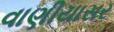
વાણીયાસર